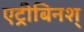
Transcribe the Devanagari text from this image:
एट्रीबिनश्